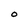
Character: O